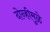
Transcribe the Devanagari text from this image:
दोन्हीमुळे